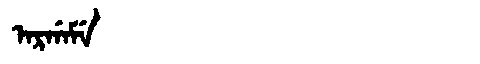
Manchu: ᠠᡵᡤᠠᠮᡝ
Romanization: ARGAME